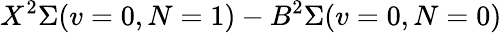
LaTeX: X^{2}\Sigma(v=0,N=1)-B^{2}\Sigma(v=0,N=0)